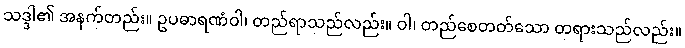
သဒ္ဒါ၏ အနက်တည်း။ ဥပဓာရဏံဝါ၊ တည်ရာသည်လည်း။ ဝါ၊ တည်စေတတ်သော တရားသည်လည်း။